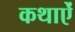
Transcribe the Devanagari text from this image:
कथाऐं